Black-water fever - Number 35
Disease focus: Fever
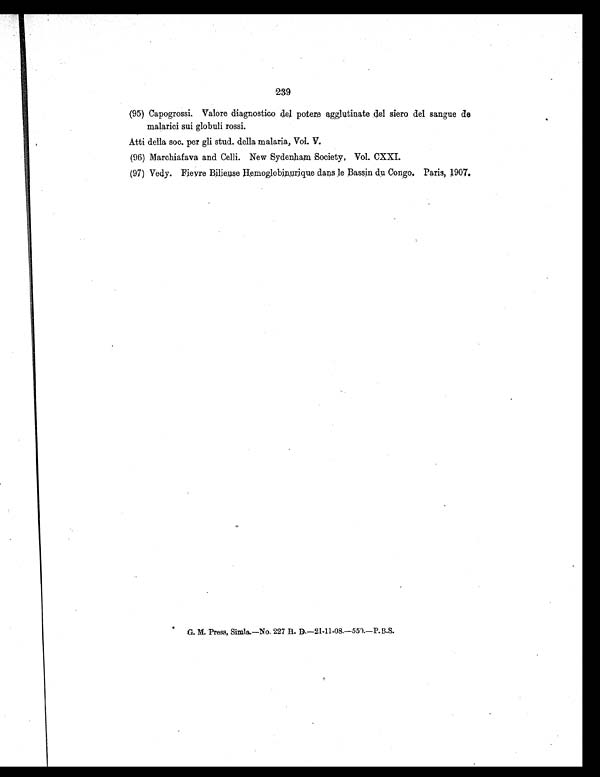
239
(95) Capogrossi. Valore diagnostico del potere agglutinate del siero del sangue de
malarici sui globuli rossi.
Atti della soc. per gli stud. della malaria, Vol. V.
(96) Marchiafava and Celli. New Sydenham Society, Vol. CXXI.
(97) Vedy. Fievre Bilieuse Hemoglobinurique dans le Bassin du Congo. Paris, 1907.0
G. M. Press, Simla.—No. 227 H.D.—21-11-08.—550.—P.B.S.